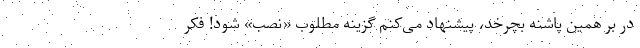
در بر همین پاشنه بچرخد، پیشنهاد می‌کنم گزینه مطلوب «نصب» شود! فکر